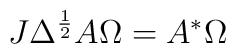
J\Delta ^{\frac{1}{2}}A\Omega =A^{*}\Omega